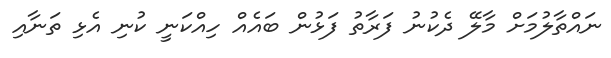
ނައްތާލުމަށް މާލޭ ދެކުނު ފަރާތު ފަޅުން ބައެއް ހިއްކަނީ ކުނި އެޅި ތަނާއި